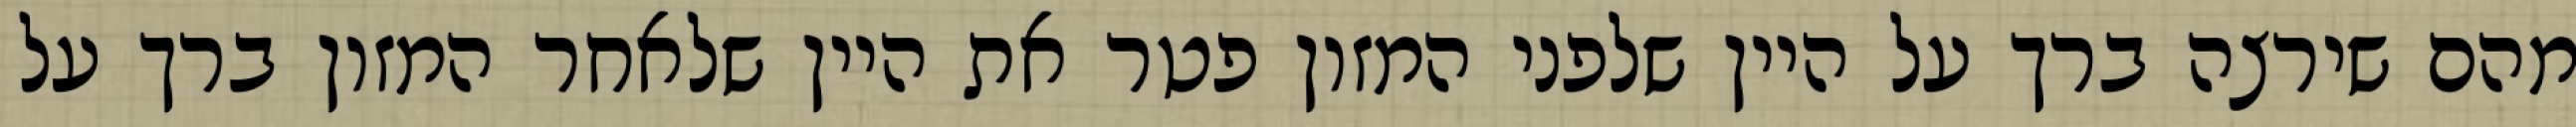
מהם שירצה ברך על היין שלפני המזון פטר את היין שלאחר המזון ברך על